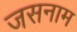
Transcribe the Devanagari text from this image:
जसनाम